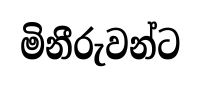
මිනීරුවන්ට